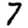
Digit: 7